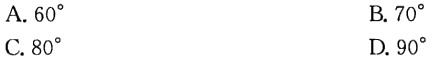
A. \(60^{\circ}\)
B. \(70^{\circ}\)
C. \(80^{\circ}\)
D. \(90^{\circ}\)